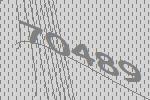
70489